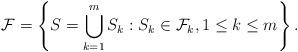
LaTeX: \begin{align*}\mathcal{F} = \left\{S = \bigcup_{k=1}^m S_k: S_k \in \mathcal{F}_k, 1 \leq k \leq m\right\}.\end{align*}